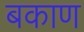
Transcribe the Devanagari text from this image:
बकाण